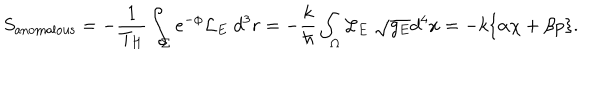
S _ { \mathrm { a n o m a l o u s } } = - { \frac { 1 } { T _ { H } } } \int _ { \Sigma } e ^ { - \phi } { \cal L } _ { E } \; d ^ { 3 } r = - { \frac { k } { \hbar } } \int _ { \Omega } { \cal L } _ { E } \; \sqrt { g _ { E } } d ^ { 4 } x = - k \{ \alpha \chi + \beta p \} .